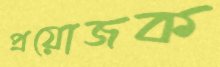
প্রয়োজক